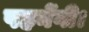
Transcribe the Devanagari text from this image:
पहनेंगी।